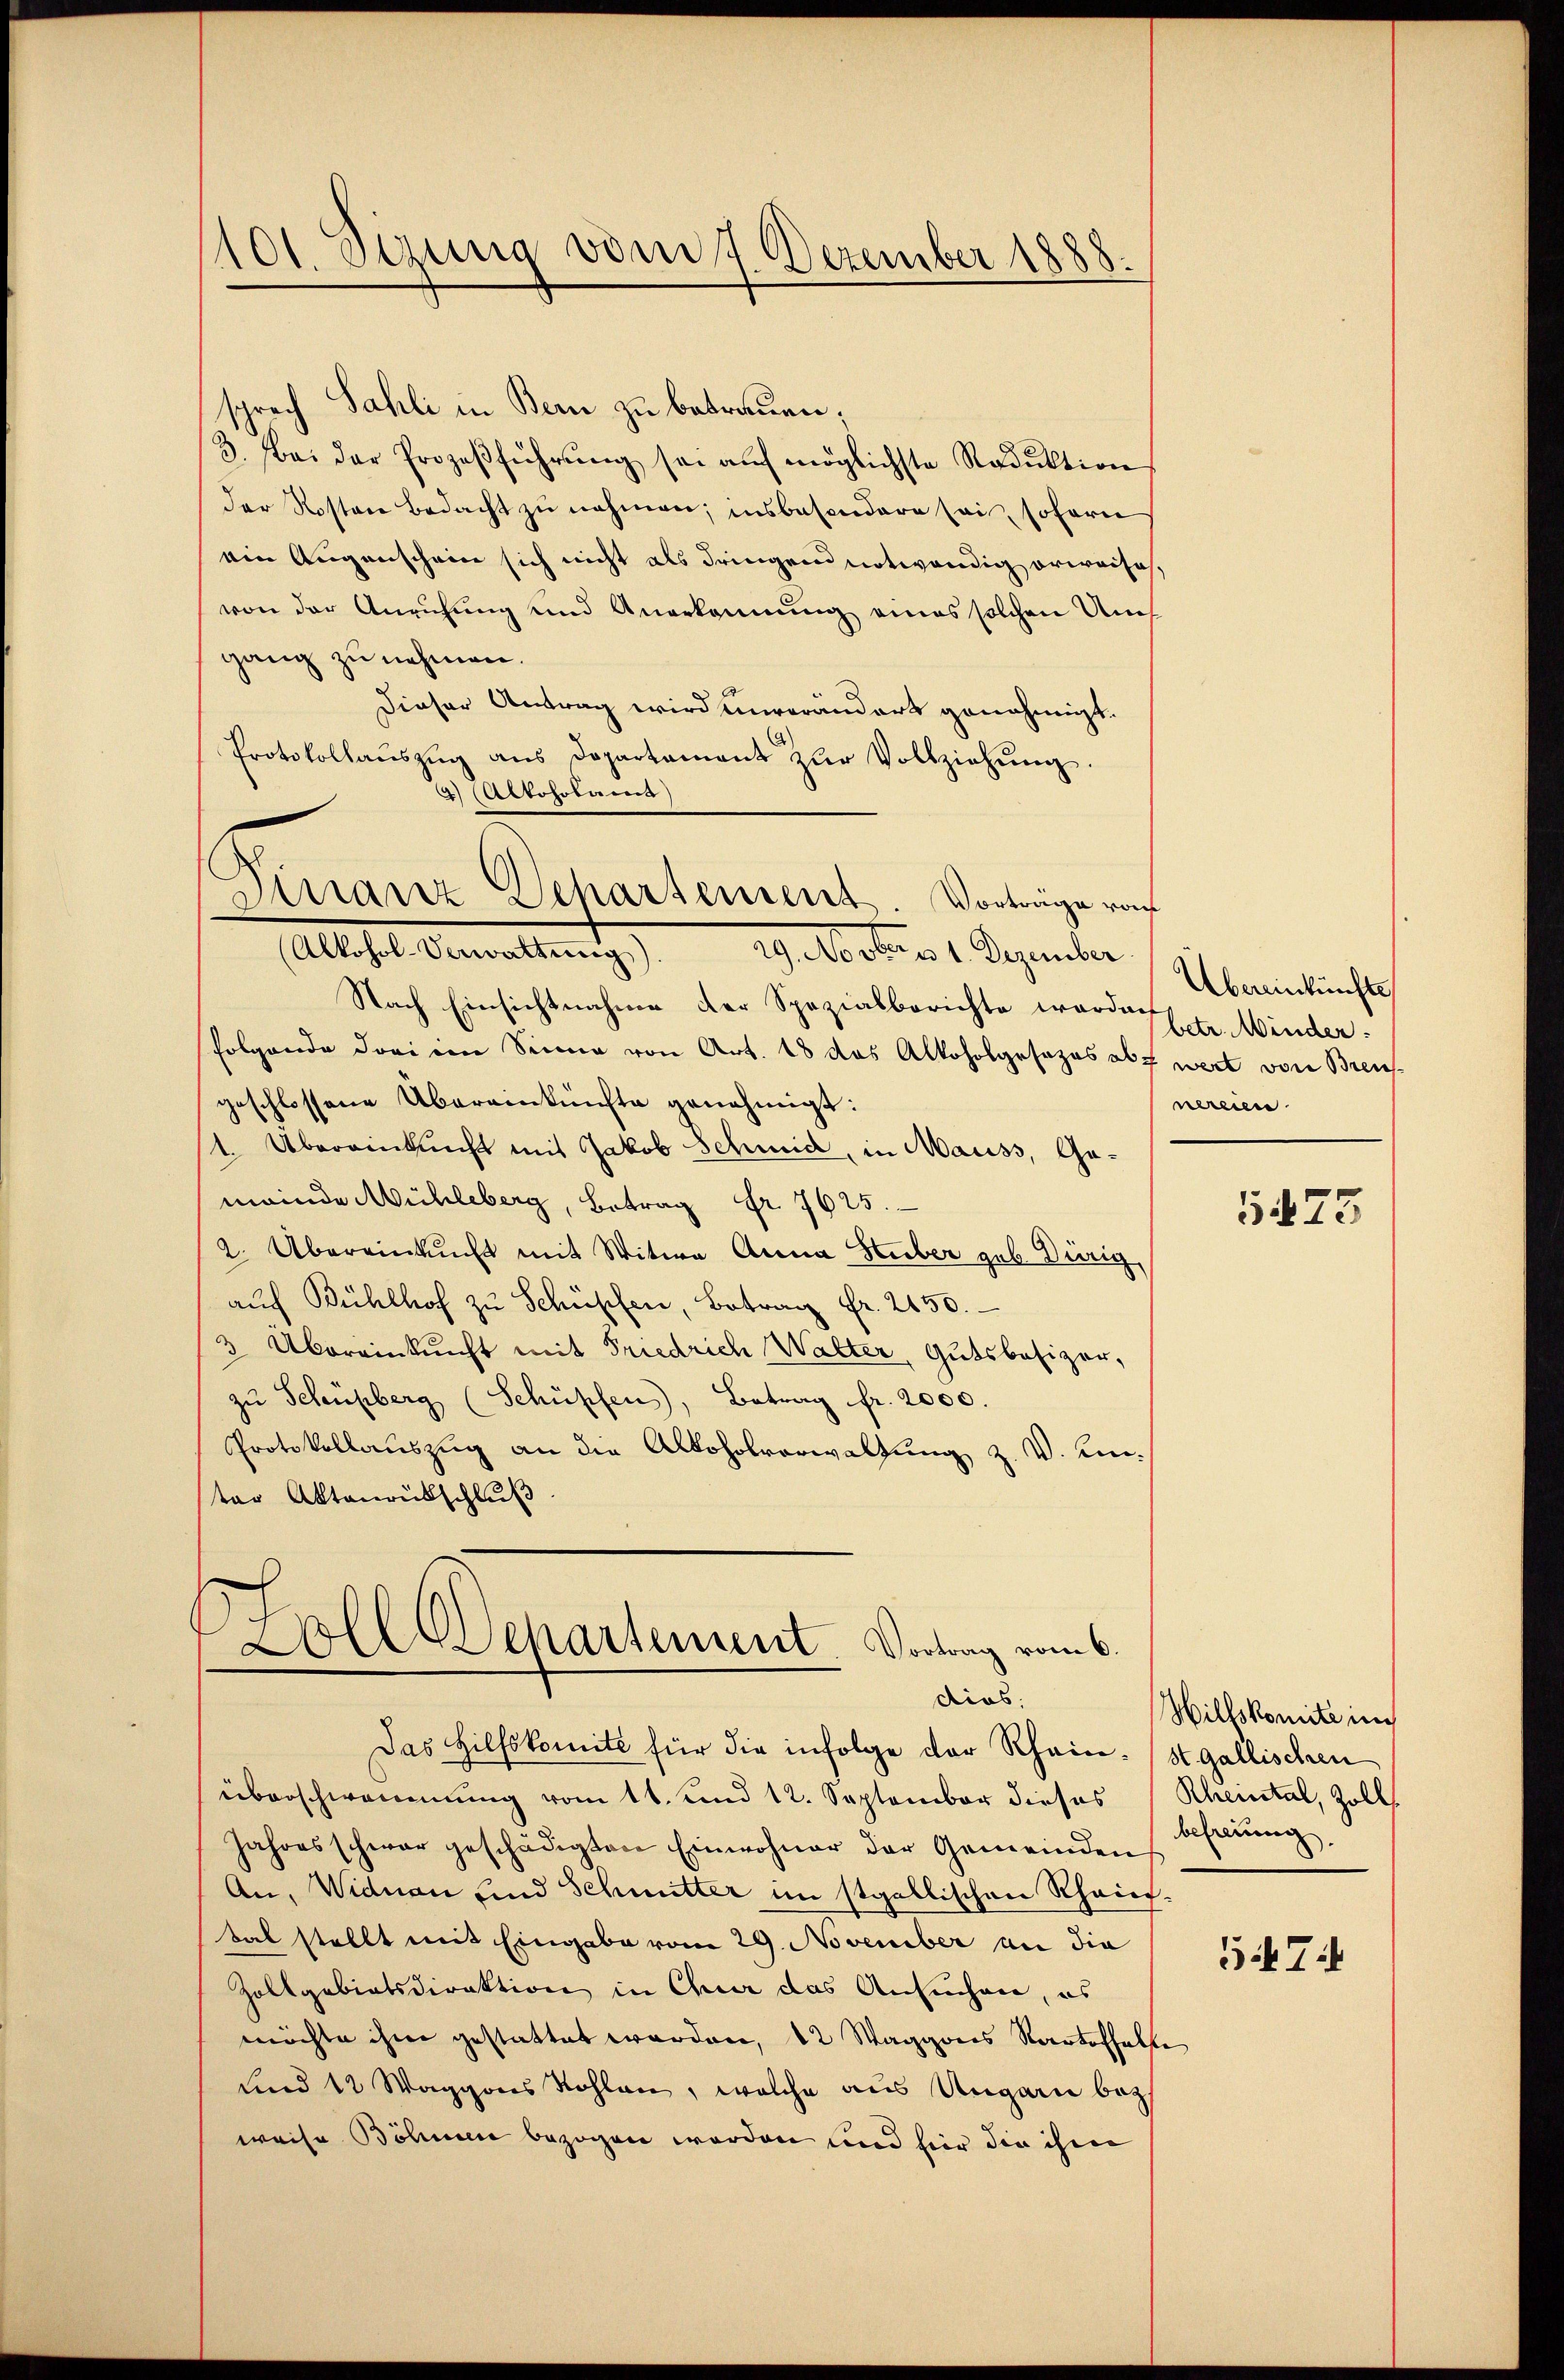
101 Sezung vom 7. Dezember 1888.

sprech Sahli in Bern zu betrauen;
3. Bei der Prozeβführŭng sei aŭf möglichste Radŭktion
der Rosten Bedacht zŭ nehmen; insbesondere sei, sofern
ein Augenschein sich nicht als dringen notwendig erweiss,
von der Anrufung und Anerkennung eines solchen Auch
gang zu nehmen.
Dieser Antrag wird unverändert genehmigt.
Protokollaŭszŭg ans Dopartament zŭr Vollziehŭng.
4) Alkohobams)
(Alkohol-Verwaltŭng). 29. Novbr. u 1. Dezember
Nach Einsichtnahme der Spezialberichte wordes E. Minder
folgende drei im Sinne von Art. 18 das Alkoholgesezes als wert von Breisgeschlossene Übereinkünfte genehmigt:
Übereinkunft mit Jakob Schmid, in Mauss, Ged
meinde Mühleberg, Betrag Fr. 7625.
2. Übereinkunft mit Witwe Anna Huber geb. Dürig
aŭf Bühlhof zŭ Schüpfen, Betrag Fr. 2150.
3 Übereinkunft mit Friedrich Walter, Gutsbesizer,
zŭ Schußberg (Schüpfen, Betrag fr. 2000.
Protokollauszug an die Alkoholverwaltung z. V. Einter Aktenrückschluß

Finanz Departement. Vorträge vo

Coll Departement. Vortrag vom 6.
dias,

Das Hilfskomité für die infolge der Rhein- (stgallischen
überschwommung vom 11. und 12. September dieses
Jahres schwar geschädigten Einwohner der Gemeinden Scheŭng,
An, Widuan und Schmitter im stgallischen Rheinbab stellt mit Eingabe vom 29. November an die
Zollgebietsdirektion in Chur das Ansuchen, es
möchte ihm gestattet worden, 12 Waggones Kartofhalte
und 12 Waggones Kohlen, welche aus Ungarn bez
weise Böhmen bezogen worden und hier die ihm

Übereinkünfte
nereien

5473

Hillskomite in
Klieintal, Zoll

57